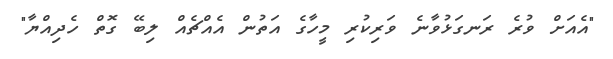
"އެއަށް ވުރެ ރަނގަޅުވާނެ ވަރިކުރި މީހާގެ އަތުން އެއްޗެއް ލިބޭ ގޮތް ހެދިއްޔާ"